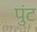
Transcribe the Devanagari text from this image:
पुंट